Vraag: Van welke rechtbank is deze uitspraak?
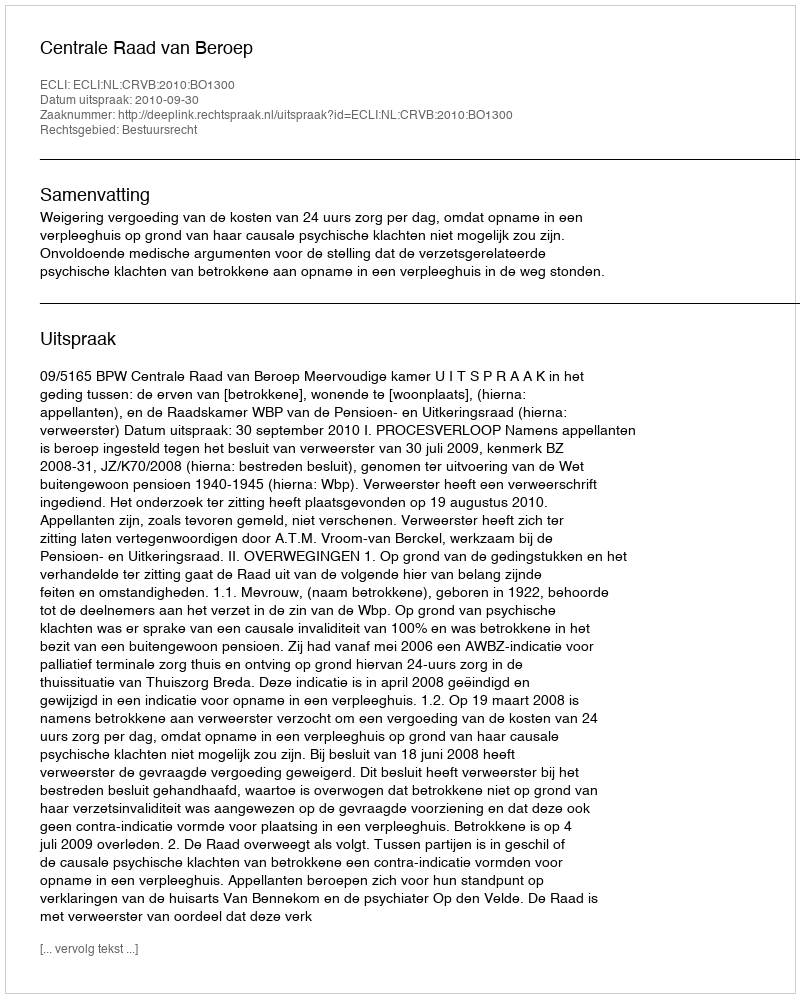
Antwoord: Centrale Raad van Beroep